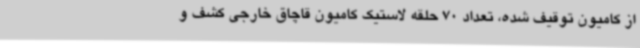
از کامیون توقیف شده، تعداد 70 حلقه لاستیک کامیون قاچاق خارجی کشف و